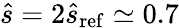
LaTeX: \hat{s}=2\hat{s}_{\mathrm{ref}}\simeq 0.7